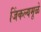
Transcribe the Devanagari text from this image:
जिंकल्यमूळे